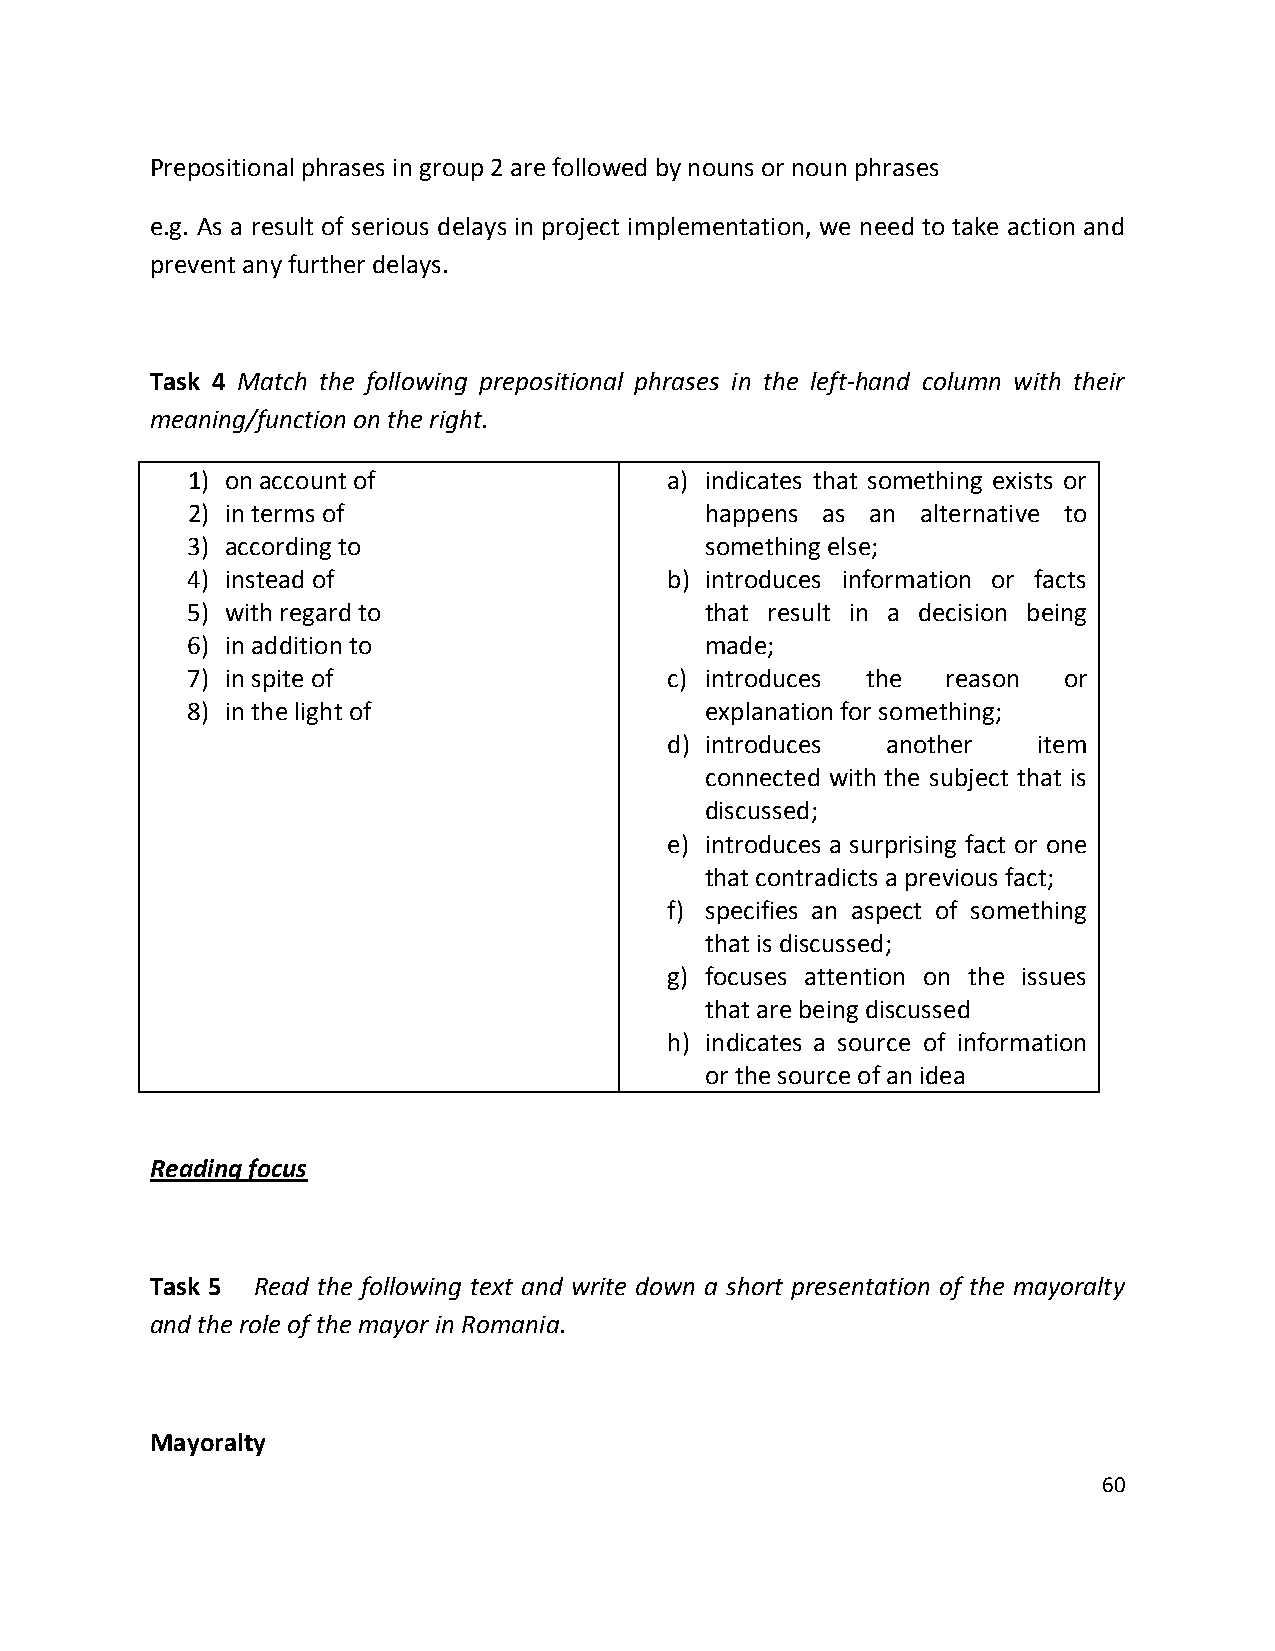
Prepositional phrases in group 2 are followed by nouns or noun phrases
 e.g. As a result of serious delays in project implementation, we need to take action and
 prevent any further delays.
 Task 4 Match the following prepositional phrases in the left-hand column with their
 meaning/function on the right.
 1) on account of                a) indicates that something exists or
 2) in terms of                     happens as an alternative to
 3) according to                    something else;
 4) instead of                   b) introduces information or facts
 5) with regard to                  that result in a decision being
 6) in addition to                  made;
 7) in spite of                  c) introduces the  reason or
 8) in the light of                 explanation for something;
 d) introduces  another   item
 connected with the subject that is
 discussed;
 e) introduces a surprising fact or one
 that contradicts a previous fact;
 f) specifies an aspect of something
 that is discussed;
 g) focuses attention on the issues
 that are being discussed
 h) indicates a source of information
 or the source of an idea
 Reading focus
 Task 5 Read the following text and write down a short presentation of the mayoralty
 and the role of the mayor in Romania.
 Mayoralty
 60